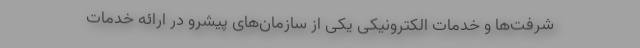
شرفت‌ها و خدمات الکترونیکی یکی از سازمان‌های پیشرو در ارائه خدمات